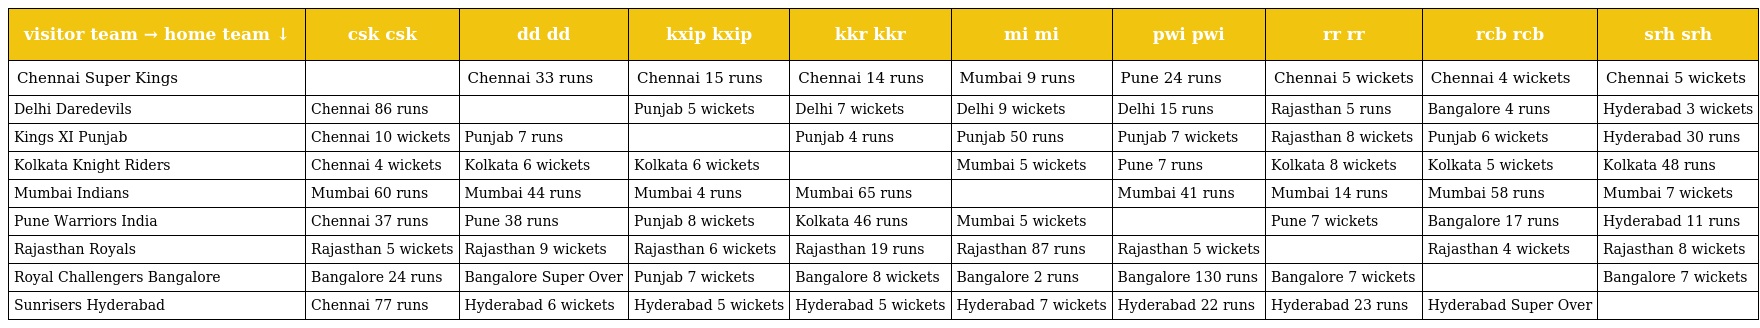
| visitor team → home team ↓ | csk csk | dd dd | kxip kxip | kkr kkr | mi mi | pwi pwi | rr rr | rcb rcb | srh srh |
 | --- | --- | --- | --- | --- | --- | --- | --- | --- | --- |
 | Chennai Super Kings |  | Chennai 33 runs | Chennai 15 runs | Chennai 14 runs | Mumbai 9 runs | Pune 24 runs | Chennai 5 wickets | Chennai 4 wickets | Chennai 5 wickets |
 | Delhi Daredevils | Chennai 86 runs |  | Punjab 5 wickets | Delhi 7 wickets | Delhi 9 wickets | Delhi 15 runs | Rajasthan 5 runs | Bangalore 4 runs | Hyderabad 3 wickets |
 | Kings XI Punjab | Chennai 10 wickets | Punjab 7 runs |  | Punjab 4 runs | Punjab 50 runs | Punjab 7 wickets | Rajasthan 8 wickets | Punjab 6 wickets | Hyderabad 30 runs |
 | Kolkata Knight Riders | Chennai 4 wickets | Kolkata 6 wickets | Kolkata 6 wickets |  | Mumbai 5 wickets | Pune 7 runs | Kolkata 8 wickets | Kolkata 5 wickets | Kolkata 48 runs |
 | Mumbai Indians | Mumbai 60 runs | Mumbai 44 runs | Mumbai 4 runs | Mumbai 65 runs |  | Mumbai 41 runs | Mumbai 14 runs | Mumbai 58 runs | Mumbai 7 wickets |
 | Pune Warriors India | Chennai 37 runs | Pune 38 runs | Punjab 8 wickets | Kolkata 46 runs | Mumbai 5 wickets |  | Pune 7 wickets | Bangalore 17 runs | Hyderabad 11 runs |
 | Rajasthan Royals | Rajasthan 5 wickets | Rajasthan 9 wickets | Rajasthan 6 wickets | Rajasthan 19 runs | Rajasthan 87 runs | Rajasthan 5 wickets |  | Rajasthan 4 wickets | Rajasthan 8 wickets |
 | Royal Challengers Bangalore | Bangalore 24 runs | Bangalore Super Over | Punjab 7 wickets | Bangalore 8 wickets | Bangalore 2 runs | Bangalore 130 runs | Bangalore 7 wickets |  | Bangalore 7 wickets |
 | Sunrisers Hyderabad | Chennai 77 runs | Hyderabad 6 wickets | Hyderabad 5 wickets | Hyderabad 5 wickets | Hyderabad 7 wickets | Hyderabad 22 runs | Hyderabad 23 runs | Hyderabad Super Over |  |